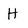
Character: H